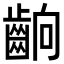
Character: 𮯄